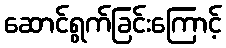
ဆောင်ရွက်ခြင်းကြောင့်